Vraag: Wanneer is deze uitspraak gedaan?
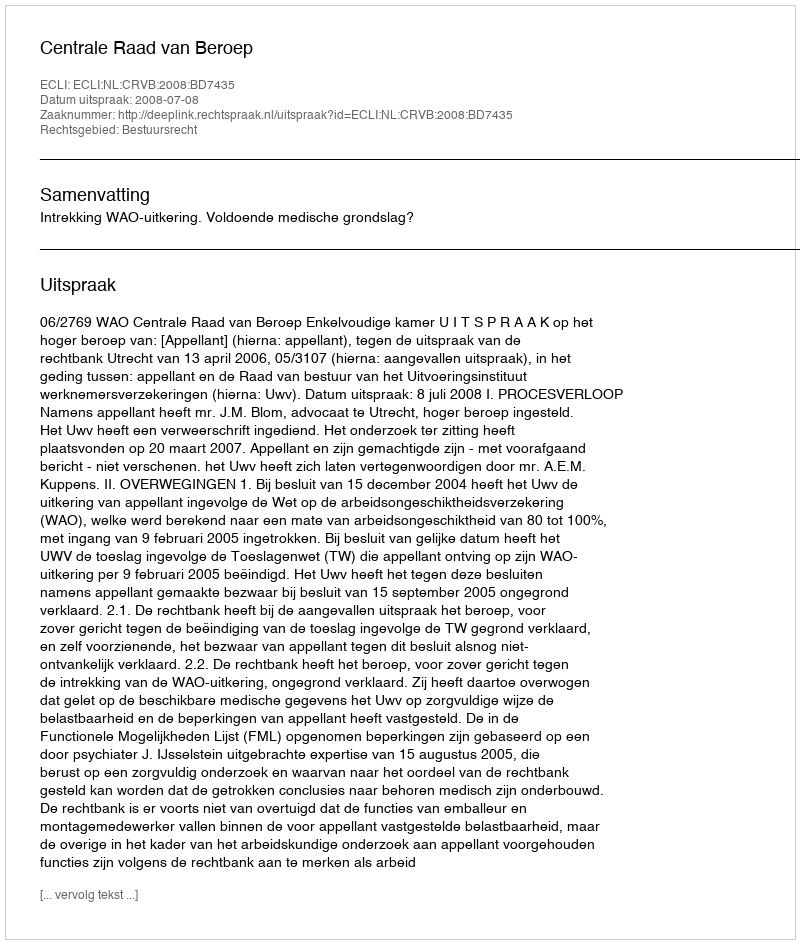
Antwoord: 2008-07-08